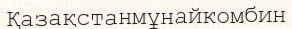
Қазақстанмұнайкомбин